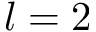
l = 2